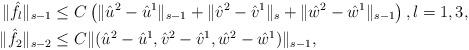
LaTeX: \begin{align*}\|\hat{f}_{l}\|_{s-1}&\leq C\left(\|\hat{u}^{2}-\hat{u}^{1}\|_{s-1}+\|\hat{v}^{2}-\hat{v}^{1}\|_{s}+\|\hat{w}^{2}-\hat{w}^{1}\|_{s-1}\right),l=1,3,\\\|\hat{f}_{2}\|_{s-2}&\leq C\|(\hat{u}^{2}-\hat{u}^{1},\hat{v}^{2}-\hat{v}^{1},\hat{w}^{2}-\hat{w}^{1})\|_{s-1},\end{align*}